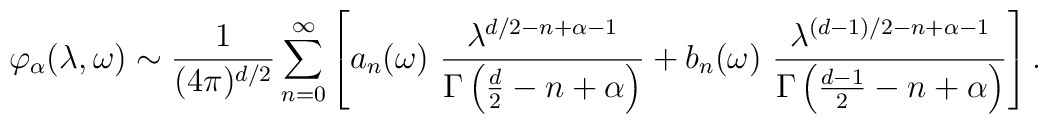
\varphi_\alpha(\lambda,\omega) \sim {1\over (4\pi)^{d/2}}\sum_{n=0}^\infty\left[a_{n}(\omega)~ { \lambda^{d/2-n+\alpha-1}\over \Gamma\left(\frac d2 -n +\alpha\right)}+b_{n}(\omega)~ { \lambda^{(d-1)/2-n+\alpha-1}\over \Gamma\left({d-1 \over 2} -n +\alpha\right)}\right].